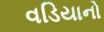
વડિયાનો